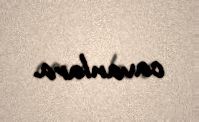
cavanlara.